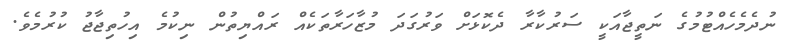
ނުދެމެހެއްޓުމުގެ ނަތީޖާއަކީ ސަރުކާރާ ދެކޮޅަށް ވަރުގަދަ މުޒާހަރާތަކެއް ރައްޔިތުން ނިކުމެ އިހުތިޖާޖު ކުރުމެވެ.